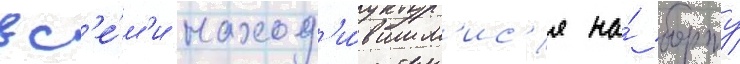
вс'е́м'и наход'и́вшим'ис'я на́ борту